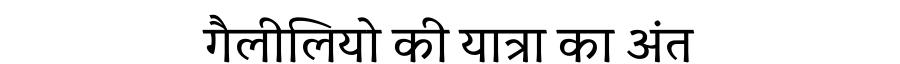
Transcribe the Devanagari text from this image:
गैलीलियो की यात्रा का अंत